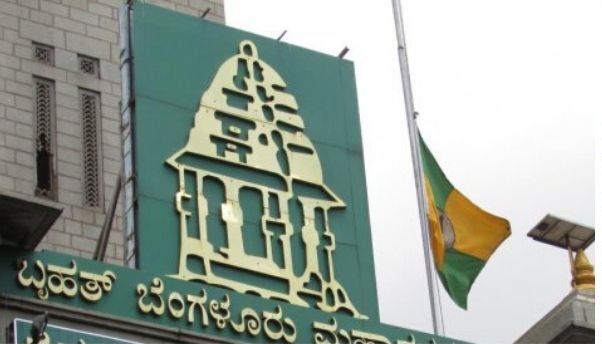
Language: kannada
Transcription: ಬೆಂಗಳೂರು ಬೃಹತ್